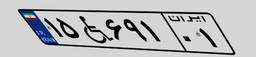
۱۵W۶۹۱۰۱